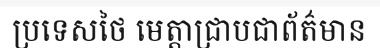
ប្រទេសថៃ មេត្តាជ្រាបជាព័ត៌មាន